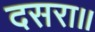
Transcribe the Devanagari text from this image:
दसरा॥